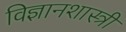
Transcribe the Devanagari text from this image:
विज्ञानशास्त्री